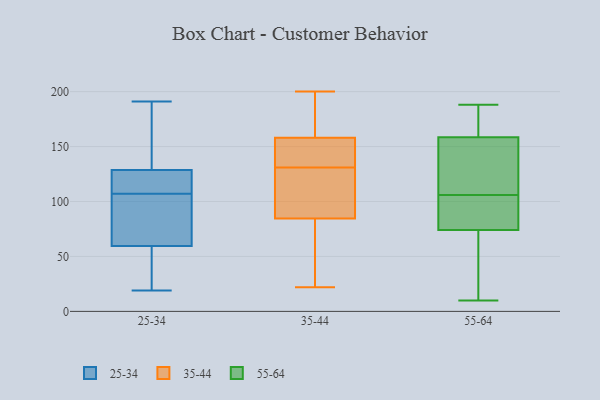
{"axis": {"x": "Bounce Rate (%)", "y": "Value"}, "legend": ["25-34", "35-44", "55-64"], "data": [{"x": "", "y": 106, "type": "25-34"}, {"x": "", "y": 128, "type": "25-34"}, {"x": "", "y": 19, "type": "25-34"}, {"x": "", "y": 47, "type": "25-34"}, {"x": "", "y": 129, "type": "25-34"}, {"x": "", "y": 187, "type": "25-34"}, {"x": "", "y": 144, "type": "25-34"}, {"x": "", "y": 88, "type": "25-34"}, {"x": "", "y": 107, "type": "25-34"}, {"x": "", "y": 120, "type": "25-34"}, {"x": "", "y": 50, "type": "25-34"}, {"x": "", "y": 191, "type": "25-34"}, {"x": "", "y": 95, "type": "25-34"}, {"x": "", "y": 31, "type": "25-34"}, {"x": "", "y": 128, "type": "25-34"}, {"x": "", "y": 182, "type": "35-44"}, {"x": "", "y": 200, "type": "35-44"}, {"x": "", "y": 111, "type": "35-44"}, {"x": "", "y": 51, "type": "35-44"}, {"x": "", "y": 73, "type": "35-44"}, {"x": "", "y": 158, "type": "35-44"}, {"x": "", "y": 134, "type": "35-44"}, {"x": "", "y": 150, "type": "35-44"}, {"x": "", "y": 22, "type": "35-44"}, {"x": "", "y": 155, "type": "35-44"}, {"x": "", "y": 128, "type": "35-44"}, {"x": "", "y": 91, "type": "35-44"}, {"x": "", "y": 78, "type": "35-44"}, {"x": "", "y": 198, "type": "35-44"}, {"x": "", "y": 106, "type": "35-44"}, {"x": "", "y": 158, "type": "35-44"}, {"x": "", "y": 142, "type": "55-64"}, {"x": "", "y": 185, "type": "55-64"}, {"x": "", "y": 188, "type": "55-64"}, {"x": "", "y": 120, "type": "55-64"}, {"x": "", "y": 74, "type": "55-64"}, {"x": "", "y": 169, "type": "55-64"}, {"x": "", "y": 148, "type": "55-64"}, {"x": "", "y": 81, "type": "55-64"}, {"x": "", "y": 15, "type": "55-64"}, {"x": "", "y": 74, "type": "55-64"}, {"x": "", "y": 10, "type": "55-64"}, {"x": "", "y": 92, "type": "55-64"}]}